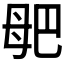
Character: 𣫰